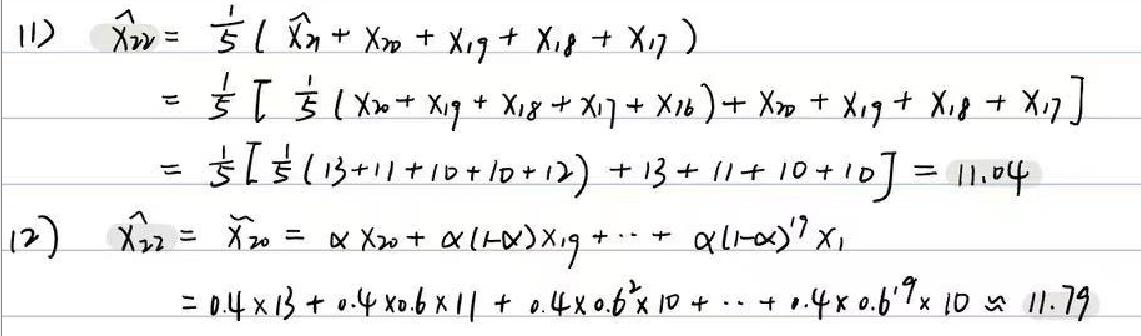
\begin{align*}
\text{(1) } \hat{X}_{20} &= \frac{1}{5}(\hat{X}_{21}+\hat{X}_{20}+X_{19}+X_{18}+X_{17})\\
&=\frac{1}{5}[\frac{1}{5}(X_{20}+X_{19}+X_{18}+X_{17}+X_{16})+\hat{X}_{20}+X_{19}+X_{18}+X_{17}]\\
&=\frac{1}{5}[\frac{1}{5}(13 + 11 + 10 + 10 + 12)+13 + 11 + 10 + 10]=11.04\\
\text{(2) } \hat{X}_{22}&=\hat{X}_{20}=\alpha X_{20}+\alpha(1-\alpha)X_{19}+\cdots+\alpha(1-\alpha)^{17}X_{1}\\
&=0.4\times13+0.4\times0.6\times11+0.4\times0.6^{2}\times10+\cdots+0.4\times0.6^{19}\times10\approx11.79
\end{align*}